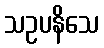
သဥပနိသေ